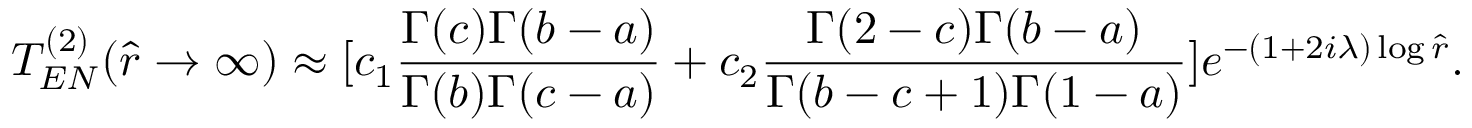
T _ { E N } ^ { ( 2 ) } ( \hat { r } \rightarrow \infty ) \approx [ c _ { 1 } \frac { \Gamma ( c ) \Gamma ( b - a ) } { \Gamma ( b ) \Gamma ( c - a ) } + c _ { 2 } \frac { \Gamma ( 2 - c ) \Gamma ( b - a ) } { \Gamma ( b - c + 1 ) \Gamma ( 1 - a ) } ] e ^ { - ( 1 + 2 i \lambda ) \log \hat { r } } .